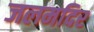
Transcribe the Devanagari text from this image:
जलमदिर